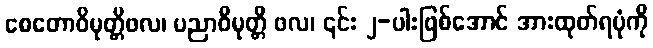
စေတောဝိမုတ္တိဖလ၊ ပညာဝိမုတ္တိ ဖလ၊ ၎င်း ၂-ပါးဖြစ်အောင် အားထုတ်ရပုံကို